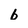
Character: b